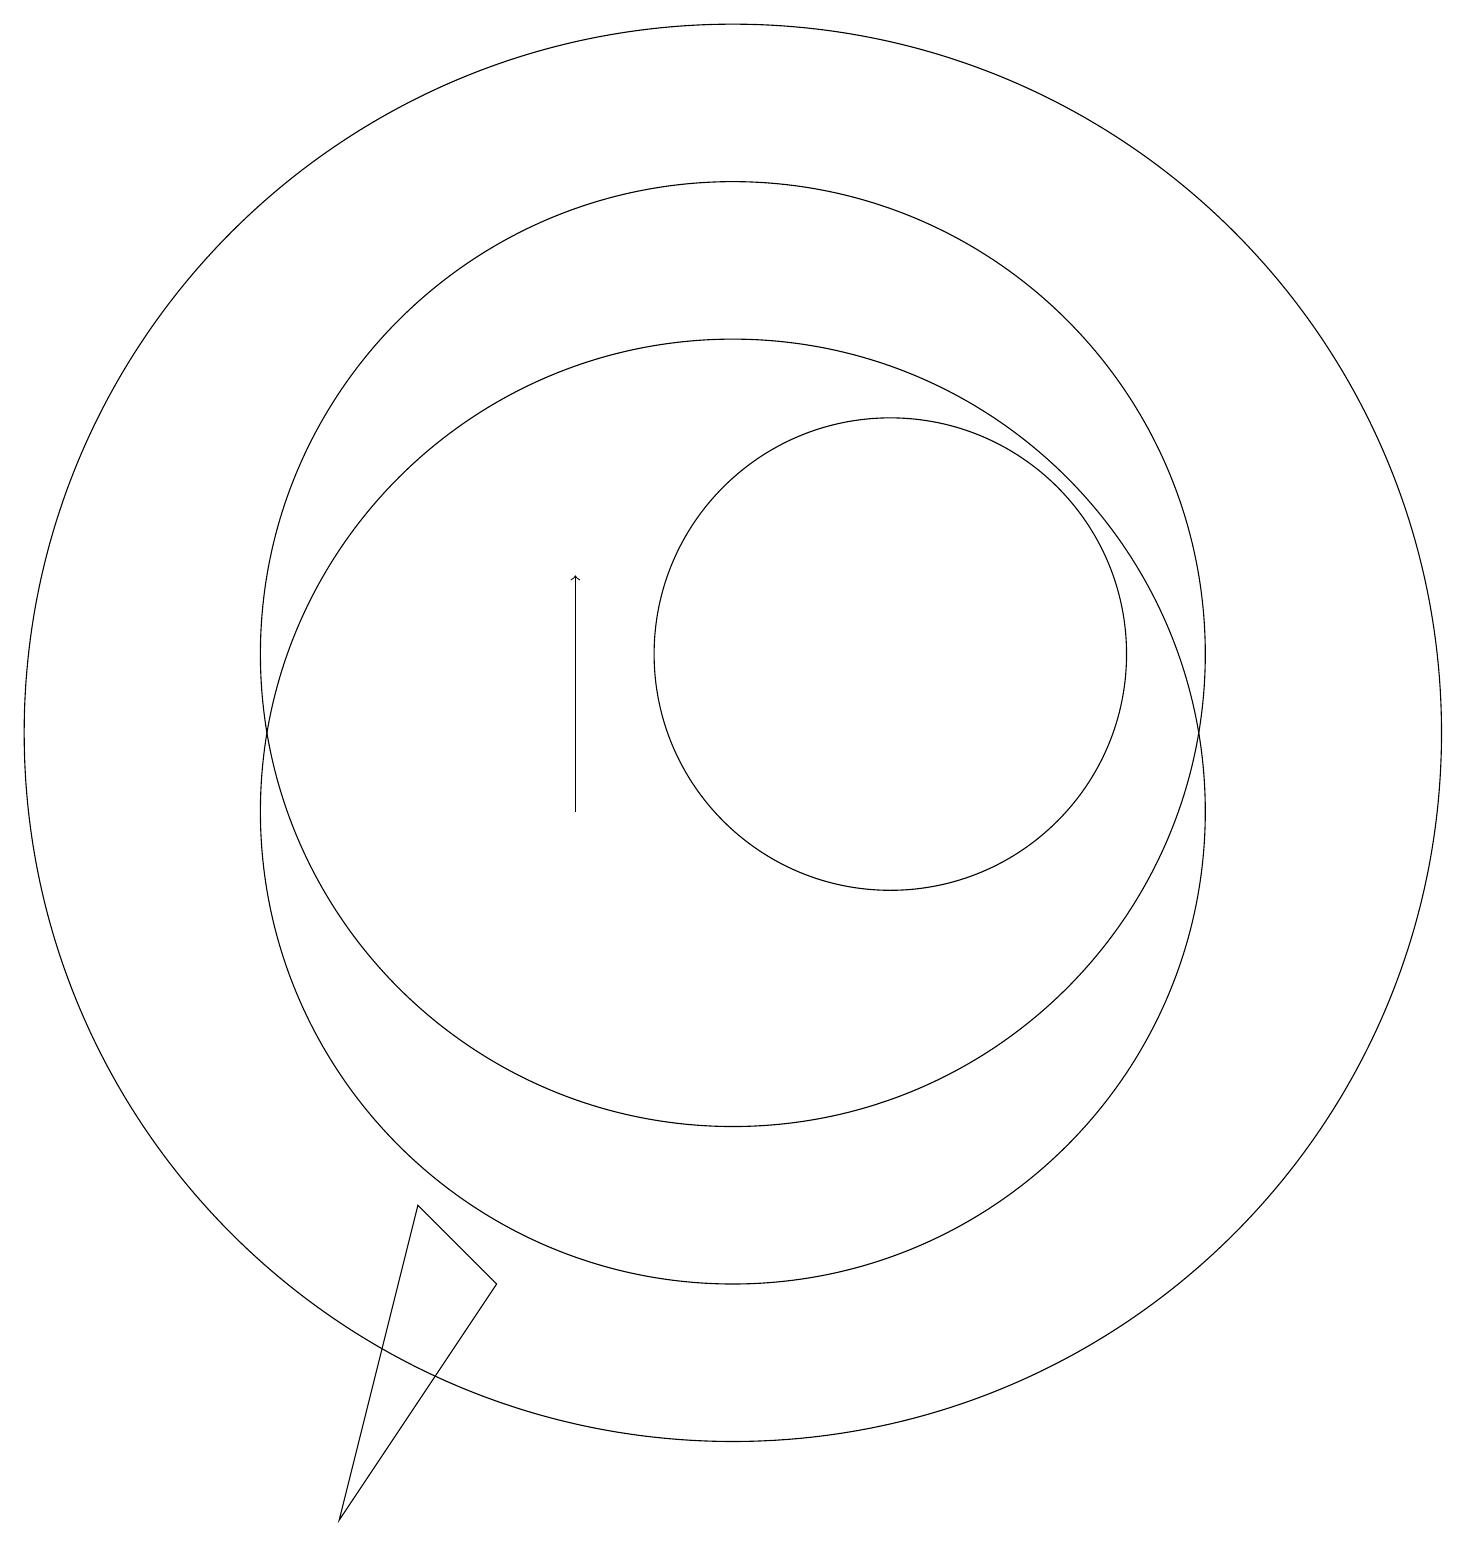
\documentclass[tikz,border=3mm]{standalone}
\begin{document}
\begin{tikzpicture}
\draw[->] (8,10) -- (8,13);
\draw (6,5) -- (7,4) -- (5,1) -- cycle;
\draw (10,12) circle (6);
\draw (11,10) circle (0);
\draw (12,12) circle (3);
\draw (10,10) circle (6);
\draw (10,11) circle (9);
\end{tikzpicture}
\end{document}